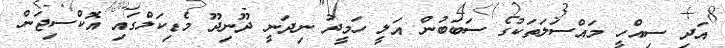
އަދި ސިއްހީ މައްސަލަތަކުގެ ސަބަބުން އަލީ ހަމީދު ނިދަނީ ދޫނިދޫ މެޑިކަލްގައި އޮކްސިޖަން